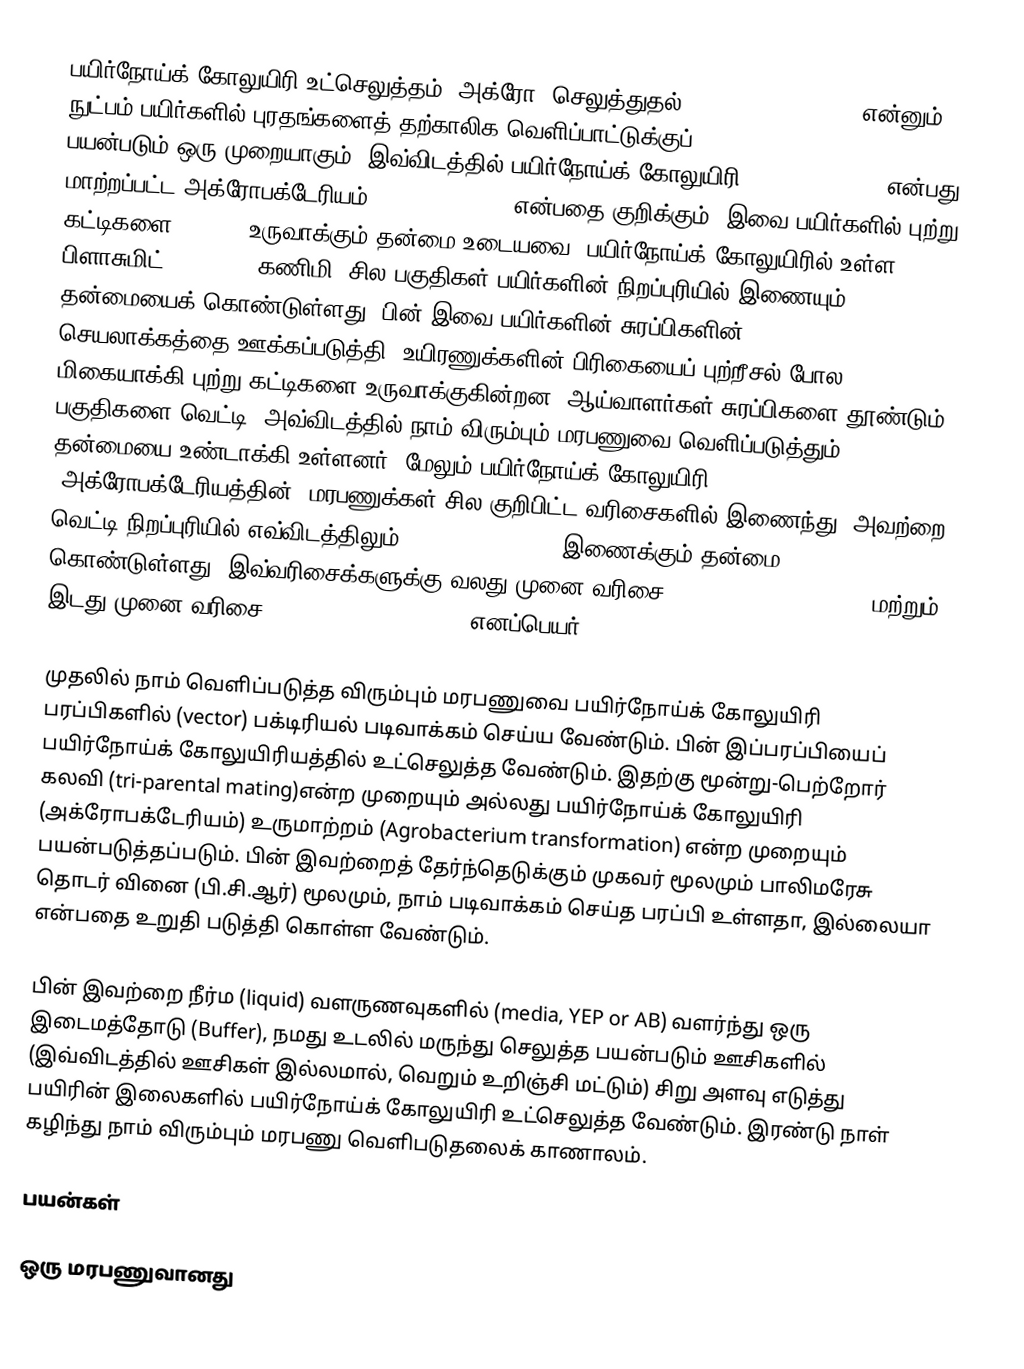
பயிர்நோய்க் கோலுயிரி உட்செலுத்தம் (அக்ரோ- செலுத்துதல்) (Agroinfiltartion) என்னும் நுட்பம் பயிர்களில் புரதங்களைத் தற்காலிக வெளிப்பாட்டுக்குப்(transient expression) பயன்படும் ஒரு முறையாகும். இவ்விடத்தில் பயிர்நோய்க் கோலுயிரி (Agrobacterium) என்பது மாற்றப்பட்ட அக்ரோபக்டேரியம் (Agrobacteriam) என்பதை குறிக்கும். இவை பயிர்களில் புற்று கட்டிகளை (tumor)  உருவாக்கும் தன்மை உடையவை. பயிர்நோய்க் கோலுயிரில் உள்ள பிளாசுமிட் (plasmid, கணிமி) சில பகுதிகள்  பயிர்களின் நிறப்புரியில் இணையும் தன்மையைக் கொண்டுள்ளது. பின் இவை பயிர்களின் சுரப்பிகளின் (hormone) செயலாக்கத்தை ஊக்கப்படுத்தி, உயிரணுக்களின் பிரிகையைப் புற்றீசல் போல மிகையாக்கி புற்று கட்டிகளை உருவாக்குகின்றன. ஆய்வாளர்கள் சுரப்பிகளை தூண்டும் பகுதிகளை வெட்டி, அவ்விடத்தில் நாம் விரும்பும் மரபணுவை வெளிப்படுத்தும் தன்மையை உண்டாக்கி உள்ளனர். மேலும் பயிர்நோய்க் கோலுயிரி (அக்ரோபக்டேரியத்தின்) மரபணுக்கள் சில குறிபிட்ட வரிசைகளில் இணைந்து, அவற்றை வெட்டி நிறப்புரியில் எவ்விடத்திலும் (random location) இணைக்கும் தன்மை கொண்டுள்ளது. இவ்வரிசைக்களுக்கு வலது முனை வரிசை(Right border  sequence) மற்றும் இடது முனை வரிசை (left border sequence) எனப்பெயர்.

முதலில்  நாம் வெளிப்படுத்த விரும்பும் மரபணுவை பயிர்நோய்க் கோலுயிரி பரப்பிகளில் (vector) பக்டிரியல் படிவாக்கம் செய்ய வேண்டும். பின் இப்பரப்பியைப்  பயிர்நோய்க் கோலுயிரியத்தில் உட்செலுத்த வேண்டும். இதற்கு மூன்று-பெற்றோர் கலவி (tri-parental mating)என்ற முறையும் அல்லது பயிர்நோய்க் கோலுயிரி (அக்ரோபக்டேரியம்) உருமாற்றம் (Agrobacterium transformation) என்ற முறையும் பயன்படுத்தப்படும். பின் இவற்றைத் தேர்ந்தெடுக்கும் முகவர் மூலமும் பாலிமரேசு தொடர் வினை (பி.சி.ஆர்) மூலமும், நாம் படிவாக்கம் செய்த பரப்பி உள்ளதா, இல்லையா என்பதை உறுதி படுத்தி கொள்ள வேண்டும்.

பின் இவற்றை நீர்ம (liquid) வளருணவுகளில் (media, YEP or AB) வளர்ந்து ஒரு இடைமத்தோடு (Buffer), நமது உடலில் மருந்து செலுத்த பயன்படும் ஊசிகளில் (இவ்விடத்தில் ஊசிகள் இல்லமால், வெறும் உறிஞ்சி மட்டும்) சிறு அளவு எடுத்து பயிரின் இலைகளில் பயிர்நோய்க் கோலுயிரி உட்செலுத்த வேண்டும். இரண்டு நாள்  கழிந்து நாம் விரும்பும் மரபணு வெளிபடுதலைக் காணாலம்.

பயன்கள்

 ஒரு மரபணுவானது